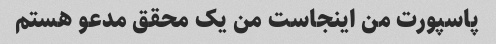
پاسپورت من اینجاست من یک محقق مدعو هستم